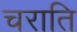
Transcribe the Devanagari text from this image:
चराति